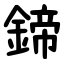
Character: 鍗